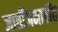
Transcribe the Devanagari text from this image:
जातींजमातींत